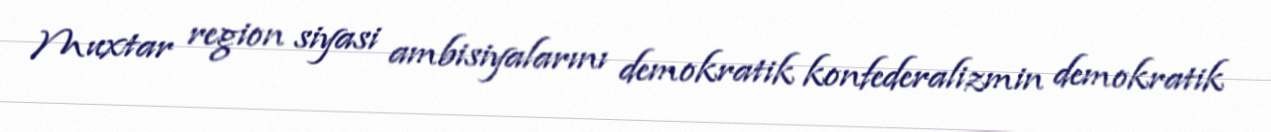
Muxtar region siyasi ambisiyalarını demokratik konfederalizmin demokratik